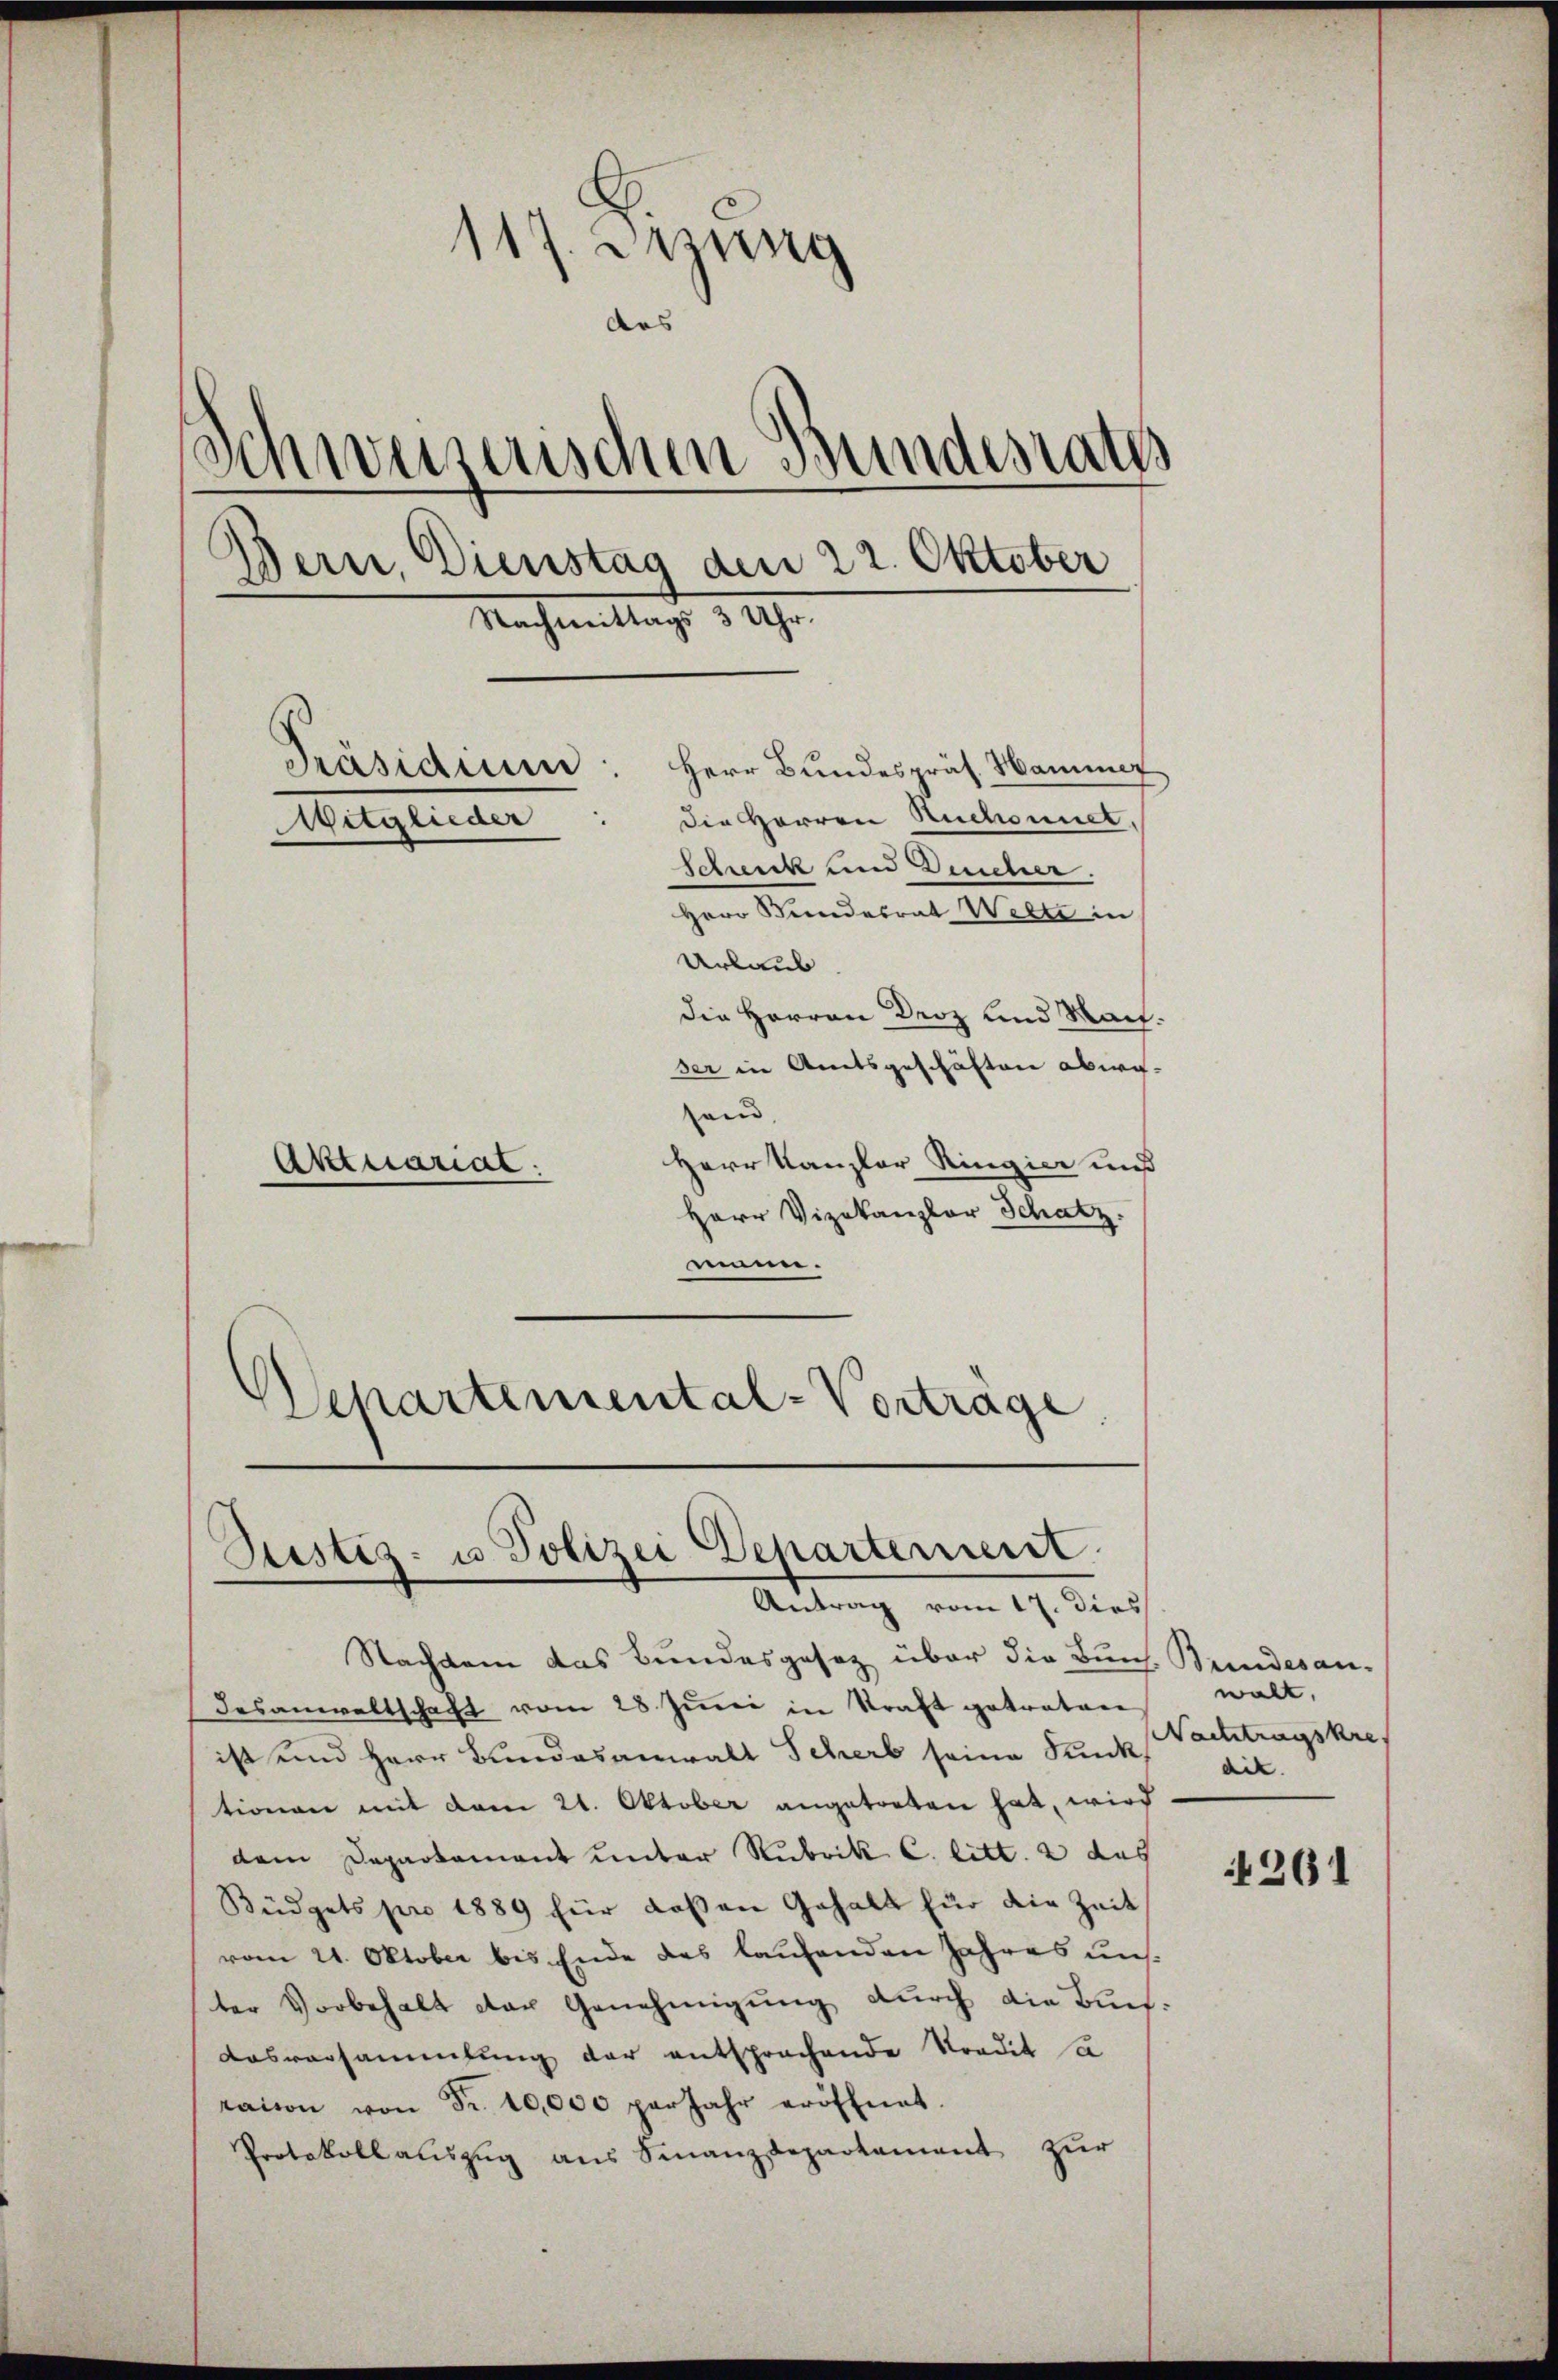
117. Dezung
das
Schweiserischen Bundesrath
¬
Bern, Dienstag den 22. Oktober
Nachmittags 3 Uhr.
Präsidium
Herr Bundespräs. Hammer
Die Herren Ruchonnet.
Mitglieder
Schenk und Deucher.
Herr Wundesrat Welte in
Urlaub
die Herren Droz und Machser in Amtsgeschäften abwi-
and
Herr Kanzler Ringier und
Aktuariat.

Herr Vizekanzler Schatz.
nin.
Departemental-Vorträge.

Sistiz- u. Polizei Departement
Antrag vom 17. dies

Nachdem das Bundesgesez über die Buch. Bundesandesanwaltschaft vom 28 Juni in Kraft getraten
ist und Herr Bundesanwalt Scherb seine Kunk
tionen mit vom 21. Oktober angetreten hat, wird
dem Departement unter Rubrik C. litt. 2 das
Büdgets pro 1889 für dassen Gehalt für die Zeit
vom 21. Oktober bis Ende des laufenden Jahres uns
ter Vorbehalt der Genehmigung durch die Buch¬
Aasversammlung der entsprochende Stradit sa
raison von Fr. 10,000 per Jahr eröffnet.
Protokoll auszug aus Finanzdepartement zur

walt.
Nachtragskre
dit.

261